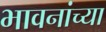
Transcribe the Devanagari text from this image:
भावनांच्या